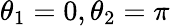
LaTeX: \theta_{1}=0,\theta_{2}=\pi